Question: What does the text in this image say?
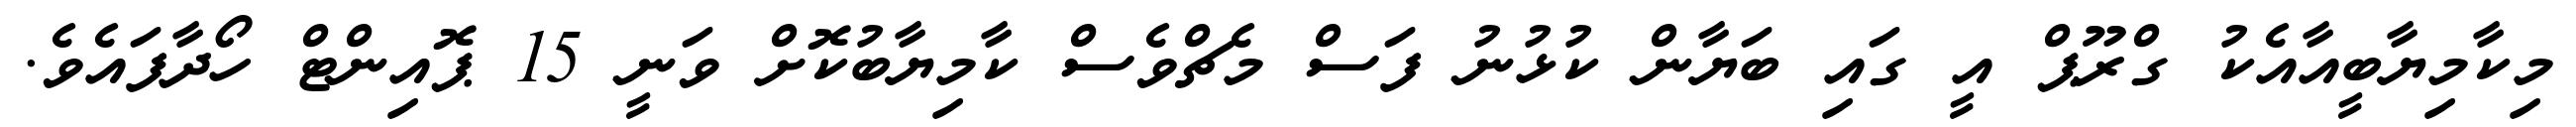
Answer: މިކާމިޔާބީއާއެކު ގްރޫޕް އީ ގައި ބަޔާން ކުޅުނު ފަސް މެޗްވެސް ކާމިޔާބުކޮށް ވަނީ 15 ޕޮއިންޓް ހޯދާފައެވެ.